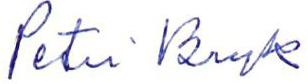
Petri Bryk